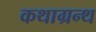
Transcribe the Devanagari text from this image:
कथाग्रन्थ